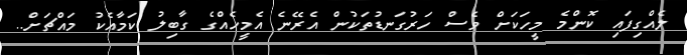
ލެއްގިފައި ކޮންމެ މީހަކަށް ވެސް ހަރުގަނޑުތަކުން އެރޭނެ އެމީހެއްގެ ގާބިލު ކަމާއެކު މައްޗަށް..